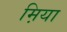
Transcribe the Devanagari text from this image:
म़िया